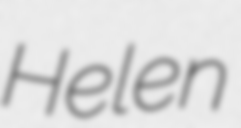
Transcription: Helen